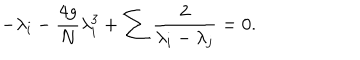
LaTeX: - \lambda _ { i } - { \frac { 4 g } { N } } \lambda _ { i } ^ { 3 } + \sum { \frac { 2 } { \lambda _ { i } - \lambda _ { j } } } = 0 .